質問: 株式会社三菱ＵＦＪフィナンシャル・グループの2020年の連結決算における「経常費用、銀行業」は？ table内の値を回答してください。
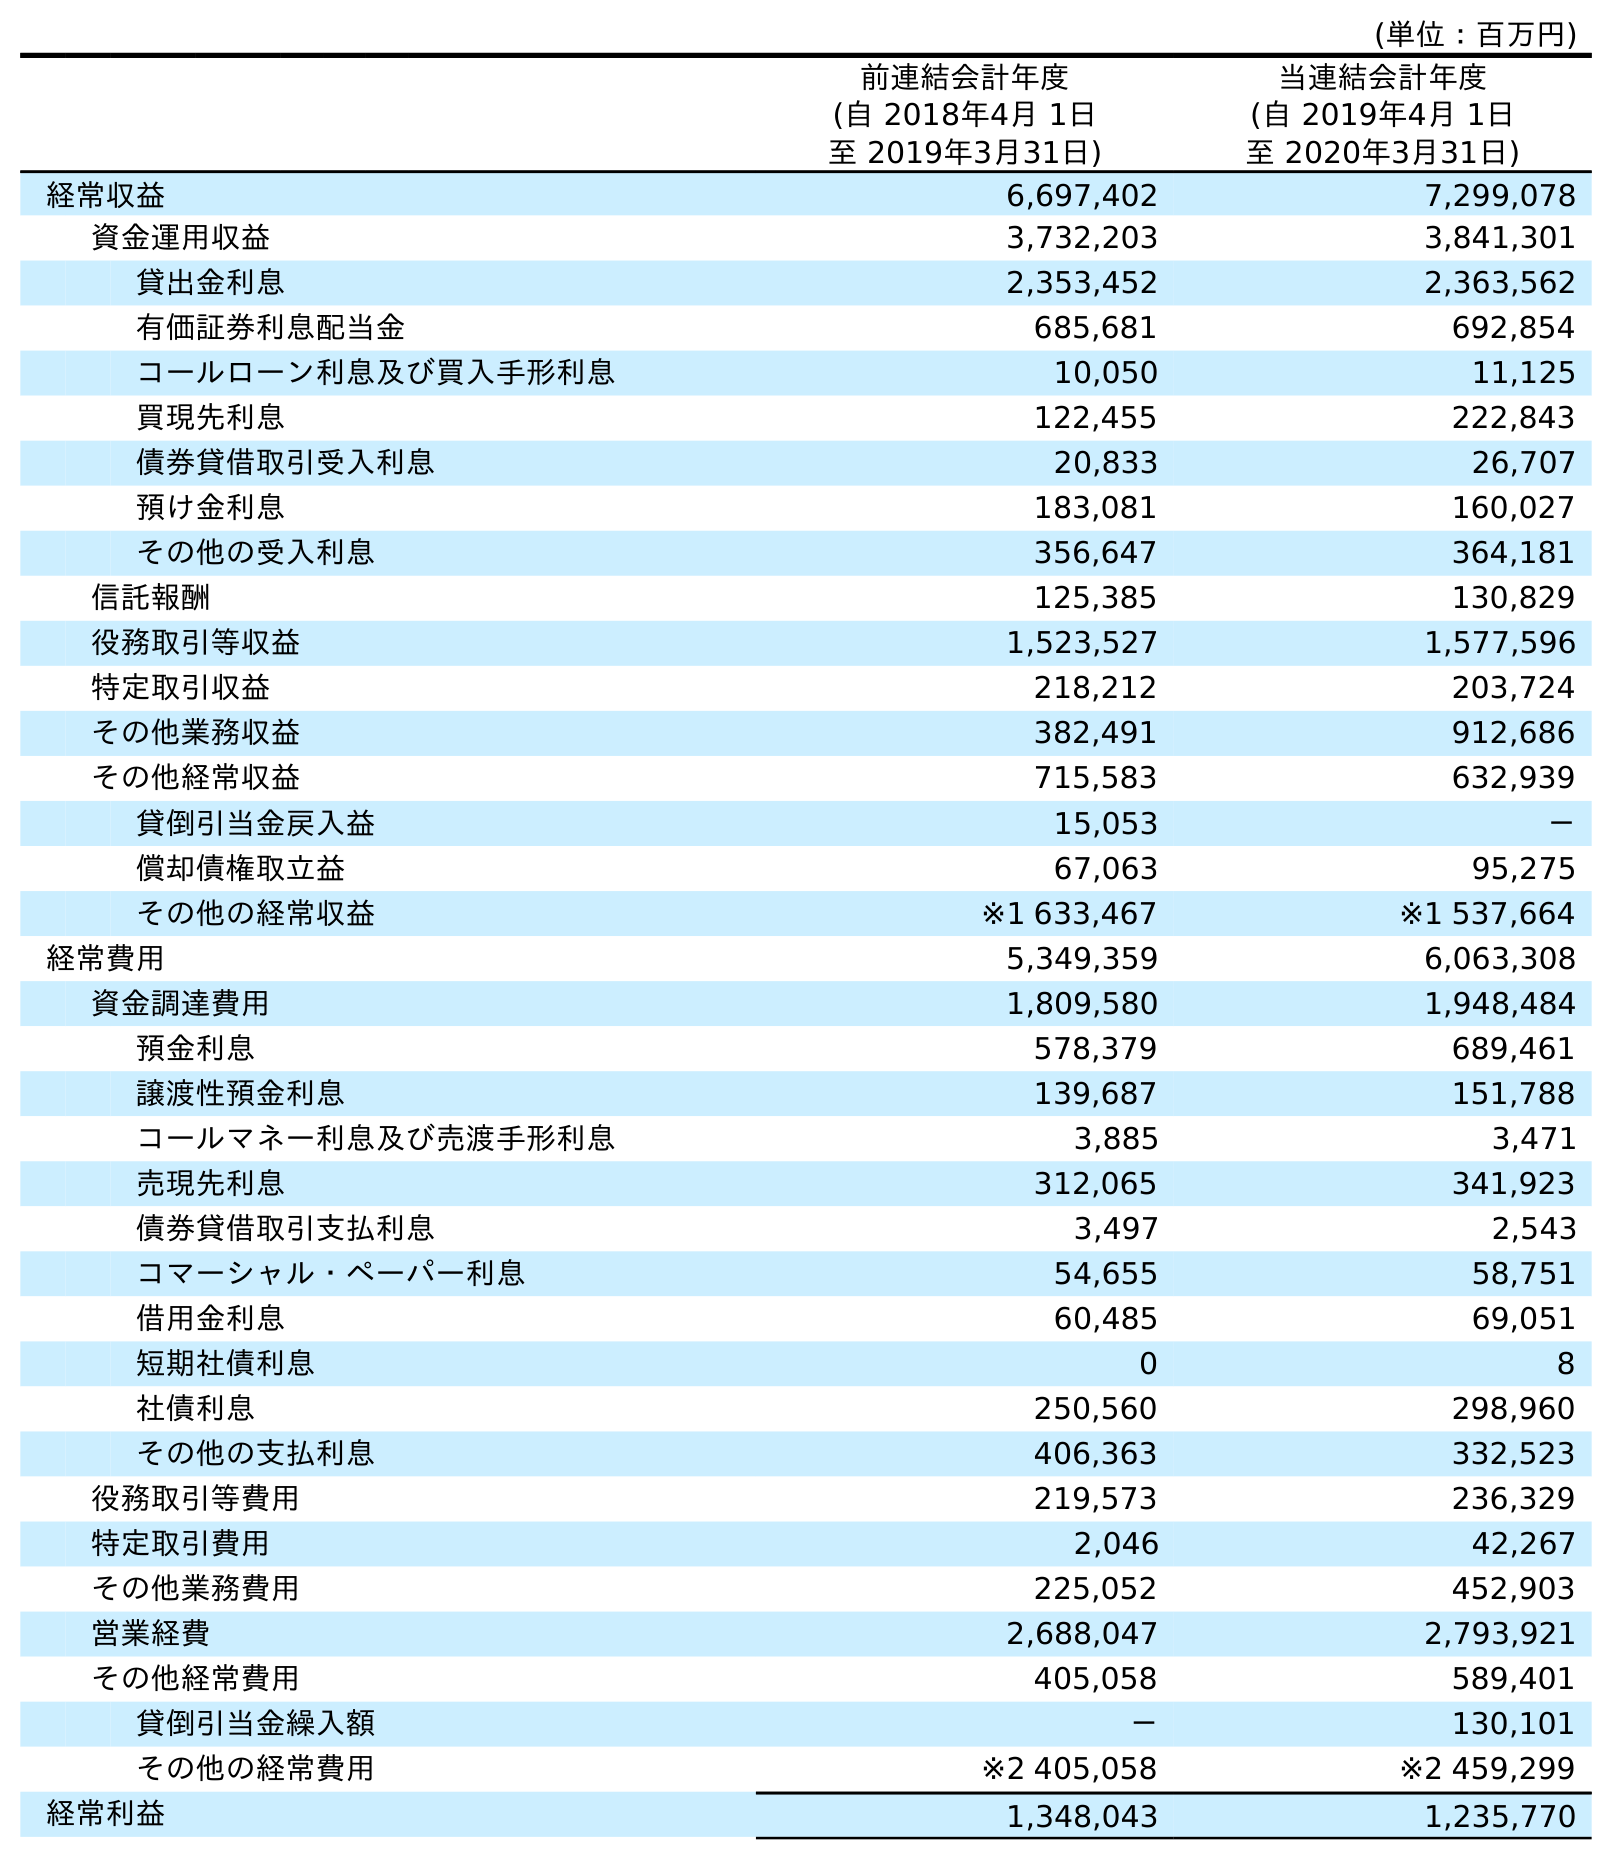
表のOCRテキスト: (単位：百万円) 前連結会計年度 (自 2018年4月 1日 至 2019年3月31日) 当連結会計年度 (自 2019年4月 1日 至 2020年3月31日) 経常収益 6,697,402 7,299,078 資金運用収益 3,732,203 3,841,301 貸出金利息 2,353,452 2,363,562 有価証券利息配当金 685,681 692,854 コールローン利息及び買入手形利息 10,050 11,125 買現先利息 122,455 222,843 債券貸借取引受入利息 20,833 26,707 預け金利息 183,081 160,027 その他の受入利息 356,647 364,181 信託報酬 125,385 130,829 役務取引等収益 1,523,527 1,577,596 特定取引収益 218,212 203,724 その他業務収益 382,491 912,686 その他経常収益 715,583 632,939 貸倒引当金戻入益 15,053 － 償却債権取立益 67,063 95,275 その他の経常収益 ※1 633,467 ※1 537,664 経常費用 5,349,359 6,063,308 資金調達費用 1,809,580 1,948,484 預金利息 578,379 689,461 譲渡性預金利息 139,687 151,788 コールマネー利息及び売渡手形利息 3,885 3,471 売現先利息 312,065 341,923 債券貸借取引支払利息 3,497 2,543 コマーシャル・ペーパー利息 54,655 58,751 借用金利息 60,485 69,051 短期社債利息 0 8 社債利息 250,560 298,960 その他の支払利息 406,363 332,523 役務取引等費用 219,573 236,329 特定取引費用 2,046 42,267 その他業務費用 225,052 452,903 営業経費 2,688,047 2,793,921 その他経常費用 405,058 589,401 貸倒引当金繰入額 － 130,101 その他の経常費用 ※2 405,058 ※2 459,299 経常利益 1,348,043 1,235,770
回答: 6,063,308